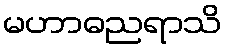
မဟာဓညရာသိ